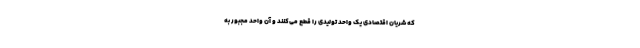
که شریان اقتصادی یک واحد تولیدی را قطع می‌کنند و آن واحد مجبور به